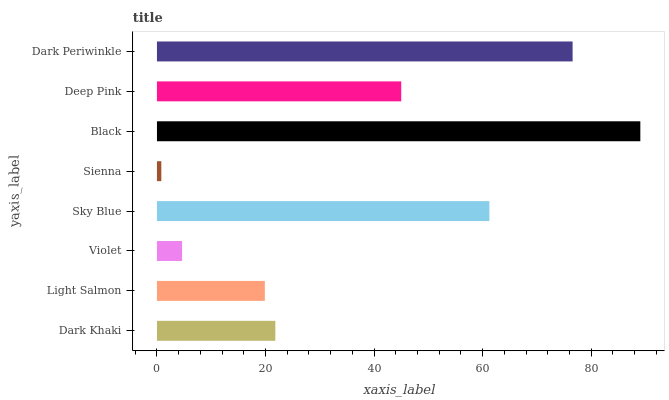
| yaxis_label | bars |
 | --- | --- |
 | Dark Khaki | 21.8 |
 | Light Salmon | 19.9 |
 | Violet | 4.62 |
 | Sky Blue | 61.2 |
 | Sienna | 0.804 |
 | Black | 89 |
 | Deep Pink | 45 |
 | Dark Periwinkle | 76.6 |